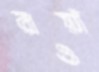
রওয়াঁ